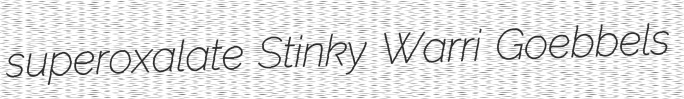
superoxalate Stinky Warri Goebbels